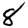
Digit: 8